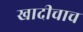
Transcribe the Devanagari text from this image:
खादीचाच